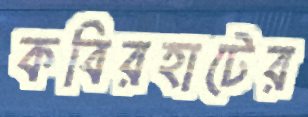
কবিরহাটের